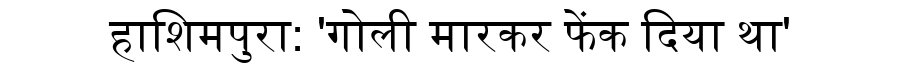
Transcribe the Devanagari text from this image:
हाशिमपुरा: 'गोली मारकर फेंक दिया था'